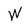
Character: W